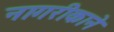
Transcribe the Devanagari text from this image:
नागरीकाने